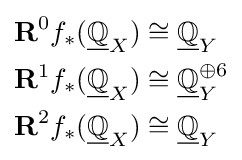
{\begin{aligned}\mathbf {R} ^{0}f_{*}({\underline {\mathbb {Q} }}_{X})&\cong {\underline {\mathbb {Q} }}_{Y}\\\mathbf {R} ^{1}f_{*}({\underline {\mathbb {Q} }}_{X})&\cong {\underline {\mathbb {Q} }}_{Y}^{\oplus 6}\\\mathbf {R} ^{2}f_{*}({\underline {\mathbb {Q} }}_{X})&\cong {\underline {\mathbb {Q} }}_{Y}\end{aligned}}